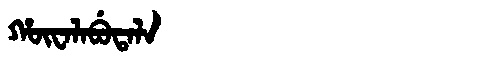
Manchu: ᡥᡡᠸᠠᠯᠠᠪᡠᡨᠠᠯᠠ
Romanization: HŪWALABUTALA